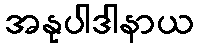
အနုပါဒါနာယ